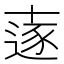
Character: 𠦹